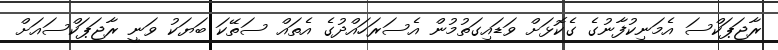
ރާޖަޕަކްސަ އެމަނިކުފާނުގެ ގެކޮޅަށް ވަޑައިގަތުމުން އެސަރަހައްދުގެ އެތައް ސަތޭކަ ބަޔަކު ވަނީ ރާޖަޕަކްސައަށް